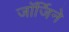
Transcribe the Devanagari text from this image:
जॉर्जिने